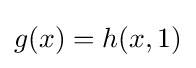
g(x)=h(x,1)